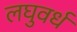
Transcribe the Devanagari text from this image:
लघुवर्ध